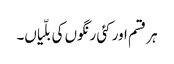
ہر قسم اور کئی رنگوں کی بلّیاں۔